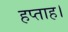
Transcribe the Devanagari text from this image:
हप्ताह।